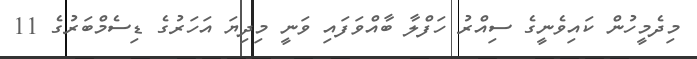
މިދެމީހުން ކައިވެނީގެ ސިއްރު ހަފްލާ ބާއްވަފައި ވަނީ މިދިޔަ އަހަރުގެ ޑިސެމްބަރުގެ 11